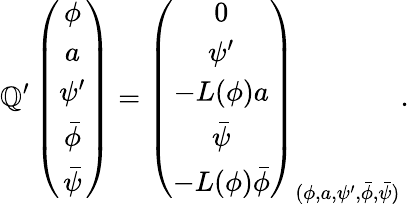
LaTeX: \mathbb{Q}^{\prime}\left(\begin{array}{c}{{\phi}}\\ {{a}}\\ {{\psi^{\prime}}}\\ {{\bar{\phi}}}\\ {{\bar{\psi}}}\end{array}\right)=\left(\begin{array}{c}{{0}}\\ {{\psi^{\prime}}}\\ {{-L(\phi)a}}\\ {{\bar{\psi}}}\\ {{-L(\phi)\bar{\phi}}}\end{array}\right)_{(\phi,a,\psi^{\prime},\bar{{\phi}},\bar{{\psi}})}.